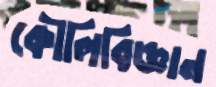
কৌলিবিজ্ঞান